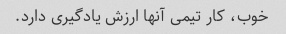
خوب، کار تیمی آنها ارزش یادگیری دارد.